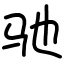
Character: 驰